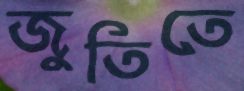
জুতিতে